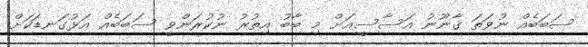
ސަބަބެއް ނުވަތަ ޤާނޫނު އަސާސީއަށް މި ބާބު އިތުރު ނުކުރަންވީ ސަބަބެއް އަޅުގަނޑަކަށް